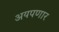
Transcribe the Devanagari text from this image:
अयपणार